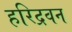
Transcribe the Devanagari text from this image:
हरिद्रवन